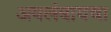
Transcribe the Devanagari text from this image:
अवलंबायचा